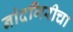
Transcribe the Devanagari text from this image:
नांदगिरीचा